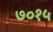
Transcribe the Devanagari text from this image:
७०१५